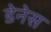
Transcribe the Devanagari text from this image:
डेनेस